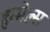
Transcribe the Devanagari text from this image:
हम्मेल्स